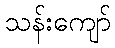
သန်းကျော်